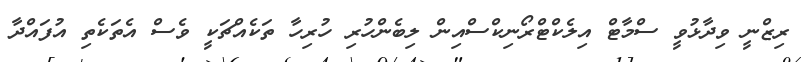
ރިޒްނީ ވިދާޅުވީ ސްމާޓް އިލެކްޓްރޯނިކްސްއިން ލިބެންހުރި ހުރިހާ ތަކެއްޗަކީ ވެސް އެތަކެތި އުފައްދާ